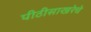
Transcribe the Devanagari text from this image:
पीठीसाखरेचे